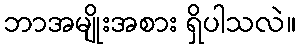
ဘာအမျိုးအစား ရှိပါသလဲ။